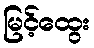
မြင့်ထွေး